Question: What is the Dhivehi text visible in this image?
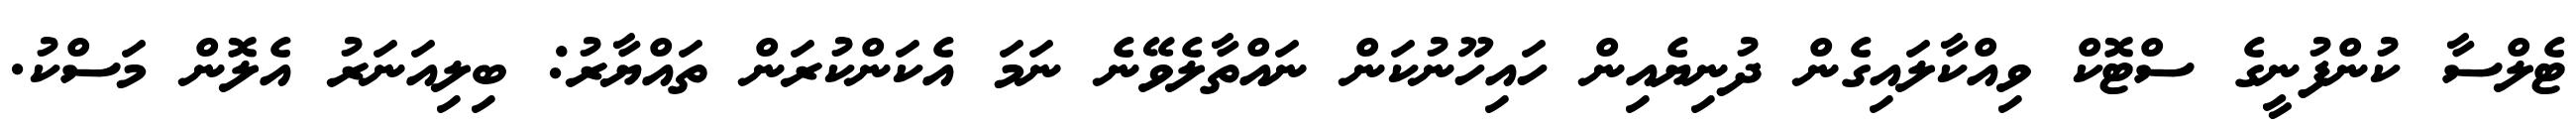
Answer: ޓެލްސާ ކުންފުނީގެ ސްޓޮކް ވިއްކާލައިގެން ދުނިޔެއިން ހައިހޫނުކަން ނައްތާލެވޭނެ ނަމަ އެކަންކުރަން ތައްޔާރު: ބިލިއަނަރު އެލޮން މަސްކު.